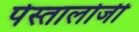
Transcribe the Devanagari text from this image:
पेस्तालोजी